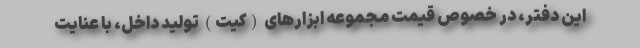
این دفتر، در خصوص قیمت مجموعه ابزار‌های (کیت) تولید داخل، با عنایت